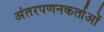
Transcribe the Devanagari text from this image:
अंतरपणनकर्ताओं